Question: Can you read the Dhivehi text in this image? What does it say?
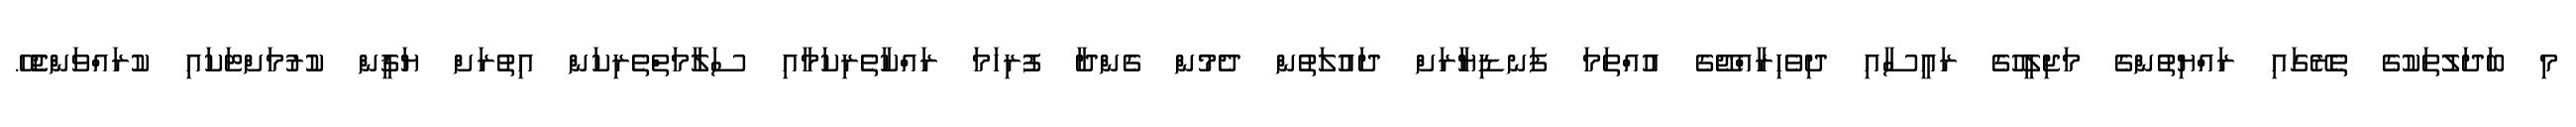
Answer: މި ބަދަލުތަކުގެ ތެރޭގައި ރައްޔިތުންގެ މަޖިލީހުގެ ރައީސާއި ދިވެހިރާއްޖޭގެ އުއްތަމަ ފަނޑިޔާރަށް ދައުލަތުން ދެމުން ގެންދާ ފުރިހަމަ ރައްކާތެރިކަމާއި ސަލާމަތްތެރިކަން އިތުރަށް ޔަޤީން ކުރުމަށްޓަކައި ކުރައްވަންޖެހޭ.